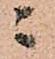
ニ